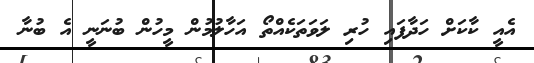
އެއީ ކާކަށް ހަދާފައި ހުރި ލަވަތަކެއްތޯ އަހާލުމުން މީހުން ބުނަނީ އެ ބުނާ